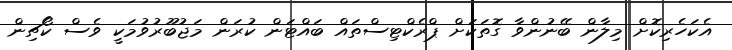
އެކަހެރިކޮށް މިލާން ބޭނުންވާ ގޮތަކަށް ޕްރެކްޓިސްތައް ބައްޓަން ކުރަން މަޖުބޫރުވުމަކީ ވެސް ކޯޗިން